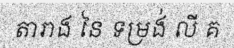
តារាង នៃ ទម្រង់ លី គ